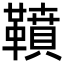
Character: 䩿